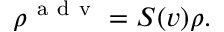
\rho ^ { \mathrm { ~ a ~ d ~ v ~ } } = S ( v ) \rho .